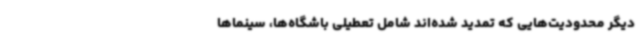
دیگر محدودیت‌هایی که تمدید شده‌اند شامل تعطیلی باشگاه‌ها، سینماها